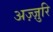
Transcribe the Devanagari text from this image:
अज़्ज़ुरि